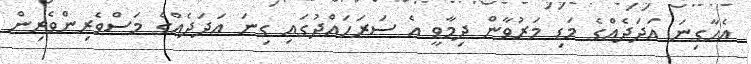
އެހާގިނަ އަދަދެއްގެ މަޑި މަރުވާން ދިމާވީ އެ ސަރަހައްދުގައި ގިނަ އަދަދެއްގެ މަސްވެރިންވެރިން